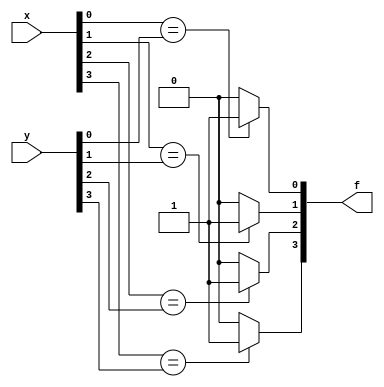
module xor4b2i_if(
	input [3:0] x,
	input [3:0] y,
	output reg [3:0] f
);
integer i;

always @(*) begin
	for (i=0 ; i<4 ; i=i+1) begin	//loop statement using 'for'
		if (x[i] == y[i])	//if statement
			f[i] = 1;
		else
			f[i] = 0;
	end
end
endmodule